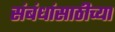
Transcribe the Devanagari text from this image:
संबंधांसाठीच्या